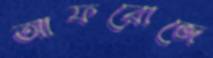
আফরোজে